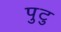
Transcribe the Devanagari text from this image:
पुटु